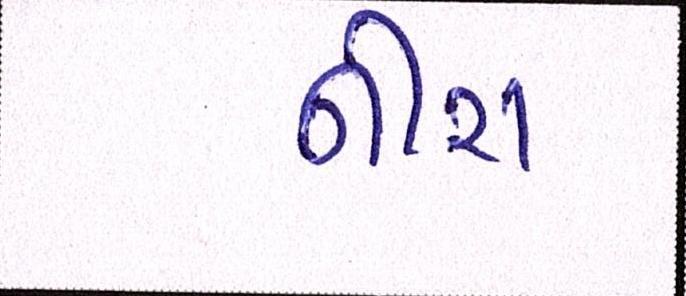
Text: નીરા